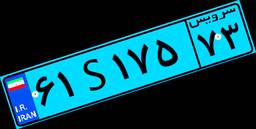
۳۱S۳۶۲۳۹